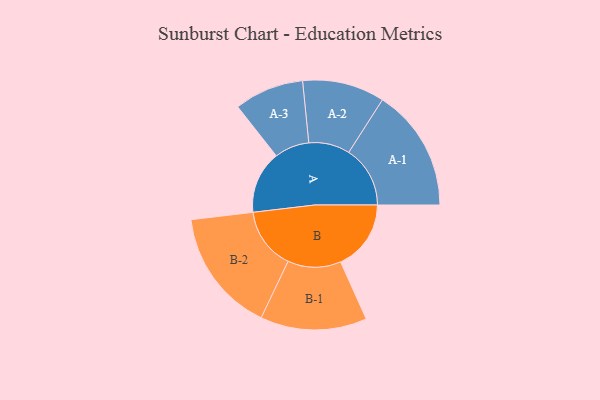
{"axis": {"x": "Segment", "y": "Value"}, "legend": ["", "A", "B"], "data": [{"x": "A", "y": 299, "type": ""}, {"x": "B", "y": 336, "type": ""}, {"x": "A-1", "y": 293, "type": "A"}, {"x": "A-2", "y": 196, "type": "A"}, {"x": "A-3", "y": 166, "type": "A"}, {"x": "B-1", "y": 254, "type": "B"}, {"x": "B-2", "y": 295, "type": "B"}]}